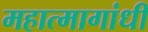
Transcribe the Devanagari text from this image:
महात्मागांधी